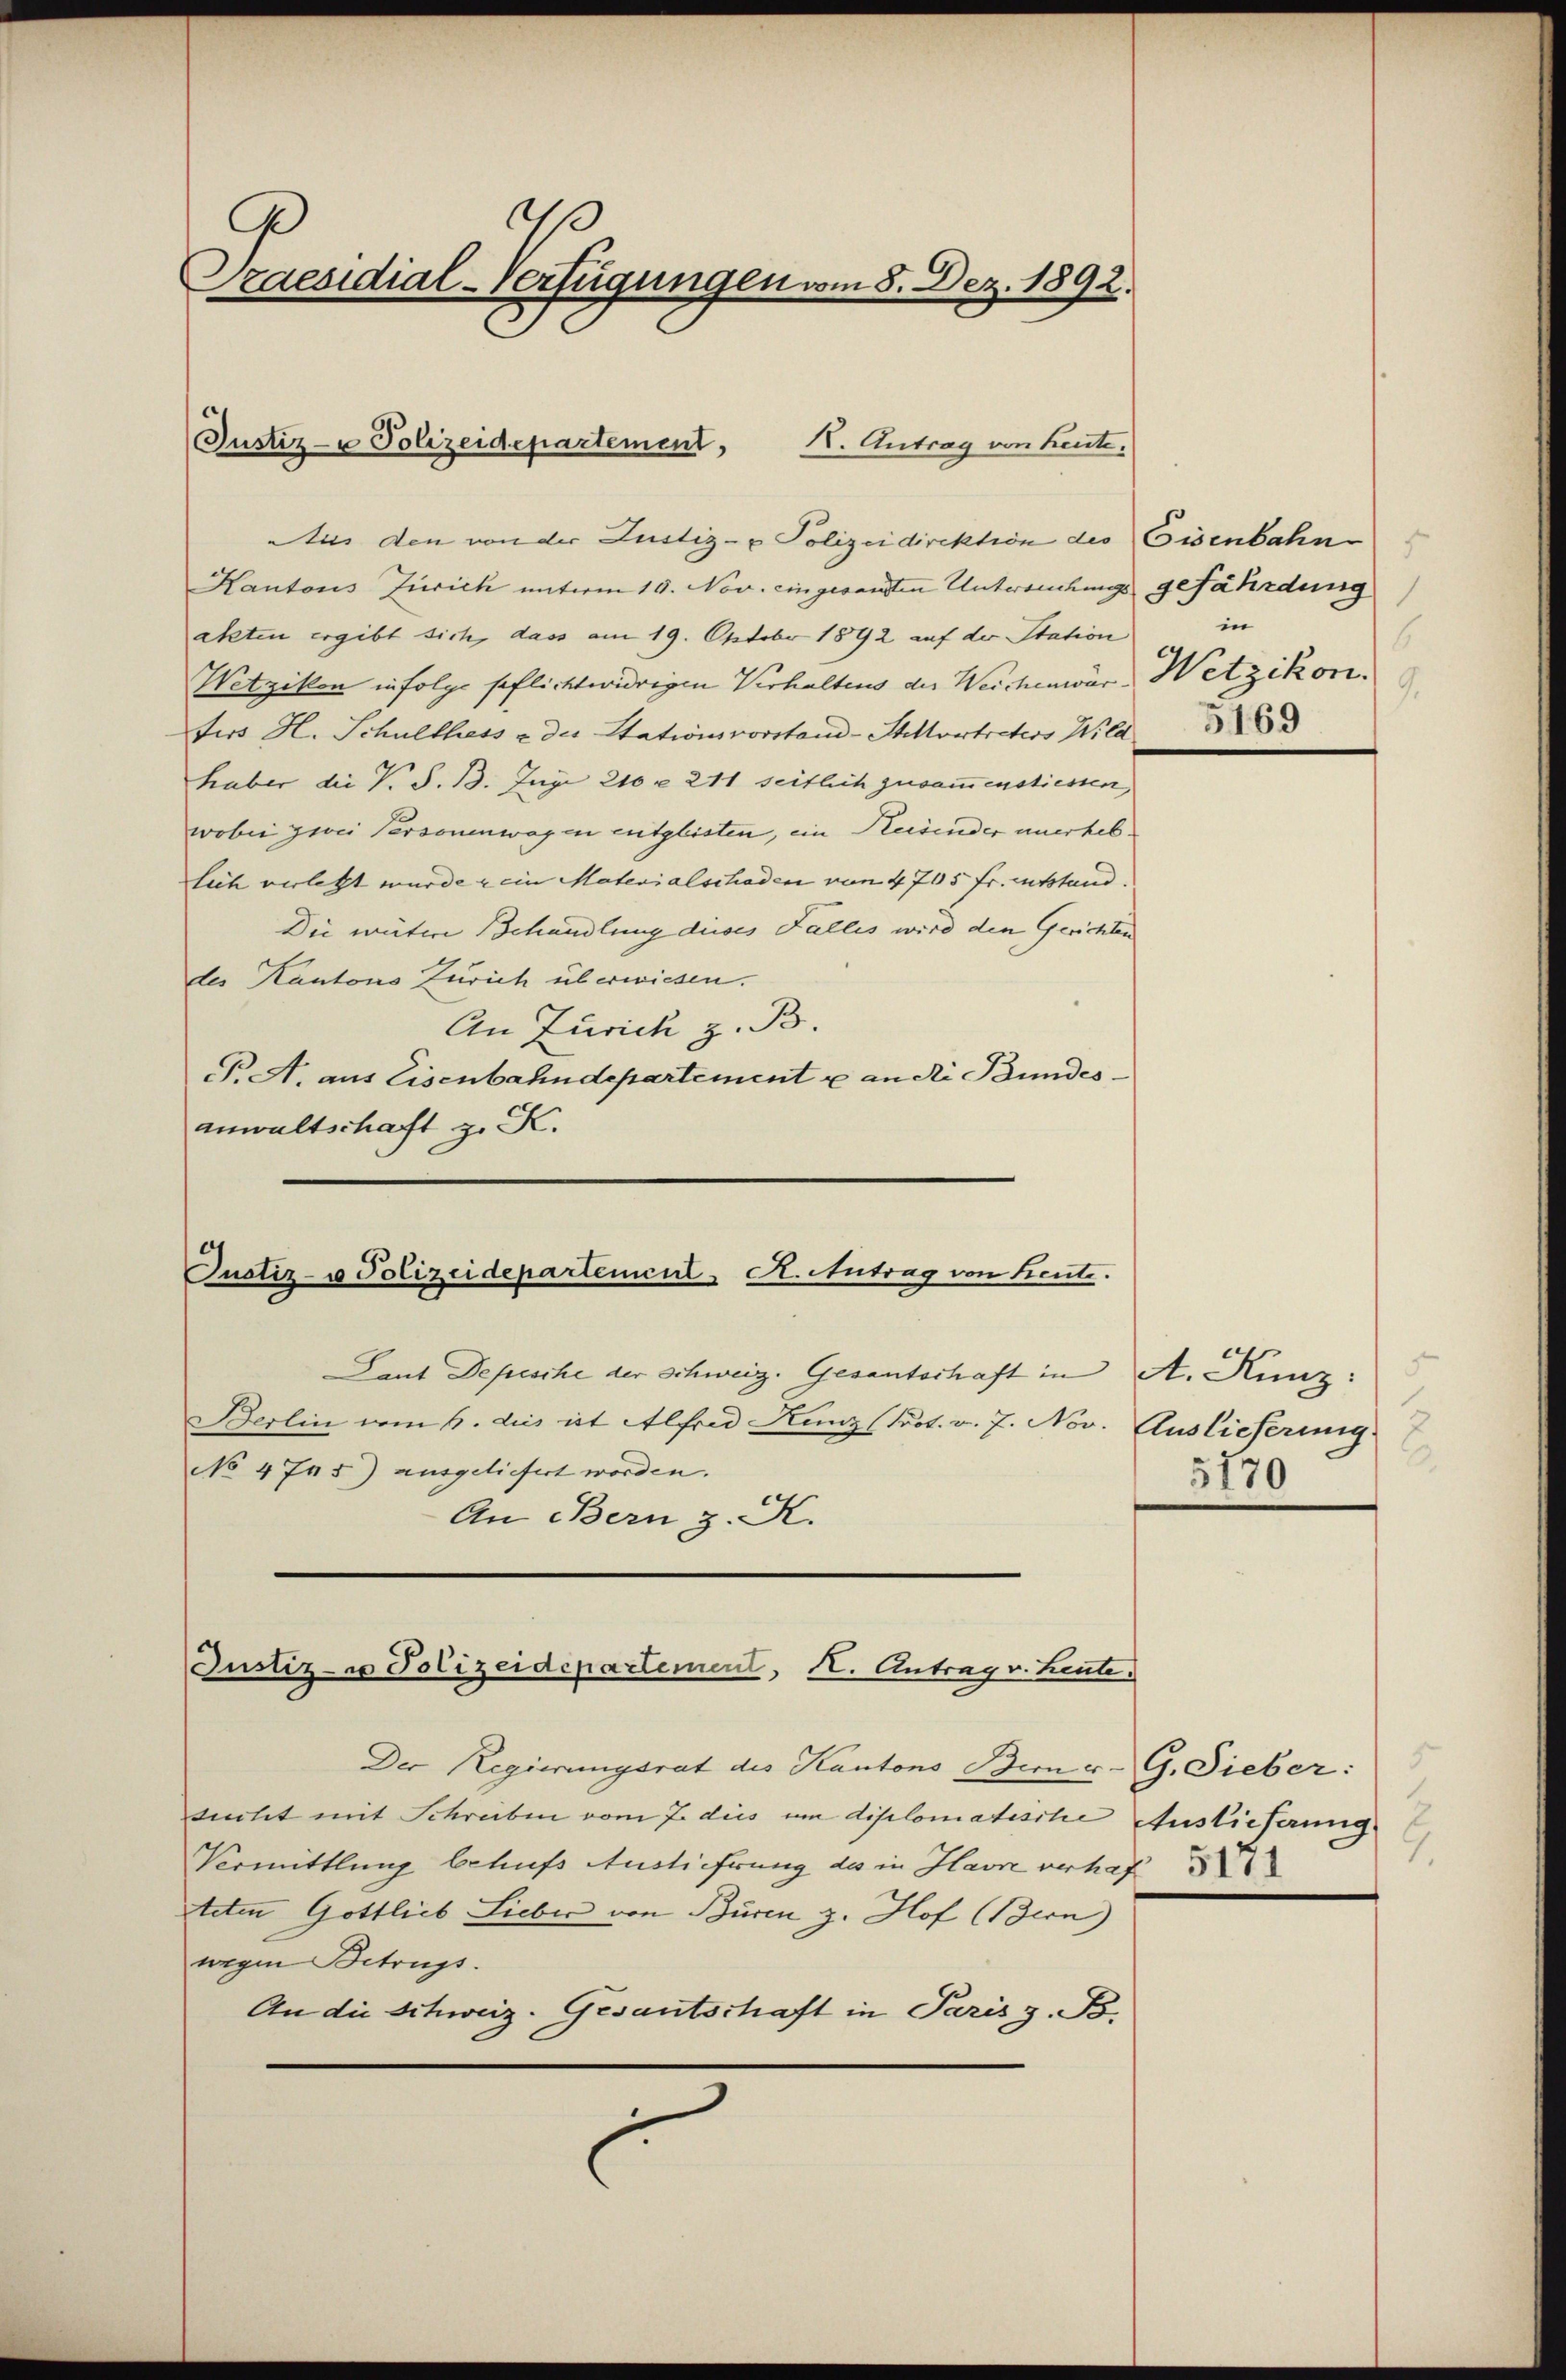
d
s
Praesidial-Verfügungen vom 8. Dez. 1892.

Justiz- & Polizeidepartement,
K. Antrag von Leute.

Justiz- u Polizeidepartement - A. Antrag von heute.

Laut Depesche der Schweiz. Gesantschaft in A. Kunz:
Berlin vom 6. des ist Alfred Kunz (Prot. v. 7. Nov. Auslieferung
No 4745) ausgeliefert worden.
An Bern z. K.

Justiz- u Polizeidepartement, I. Antrag v. Leute.

Aus den von der Justiz- & Polizeidirektion des Eisenbahn
Kantons Zürich unterm 19. Nov. eingesandten Untersuchungs 9 Fährdung
akten ergibt sich, dass am 19. Oktober 1892 auf der Station
Wetzikon infolge spflichtwidrigen Verhaltens der Weichenwär-Wetzikon.
fers H. Schulthess u. der Stationsvorstand-Stellvertreters Wild,
haber die N. S. 13. Juni 210 u. 211 seitlich zusammenstiessen,
wobei zwei Personenwagen entglisten, ein Reisender unerheblich verletzt wurde & ein Materialschaden von 4705 fr. entstand.
Die vätere Behandlung dieses Fallis wird den Gerichten
des Kantons Zürich überwiesen.
An Zürich z. B.
P. A. aus Eisenbahndepartement u an die Bundesanwaltschaft z. K.

Der Regierungsrat des Kantons Bern v. G. Sieber:
sucht mit Schreiben vom 7. dies um diplomatische Auslieferung
Vermittlung behufs Auslieferung des in Havre verhaft
teten Gottlieb Lieber von Buren z. Hof (Bern)
wegen Betrugs.
An die Schweiz. Gesantschaft in Paris z. B.

1
in
6
9.
5169

.
5170

7.